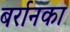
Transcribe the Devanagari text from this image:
बर्रानका